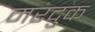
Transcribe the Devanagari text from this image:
मरदुक